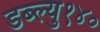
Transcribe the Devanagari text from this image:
डब्ल्यु१४०